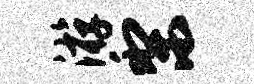
游梨